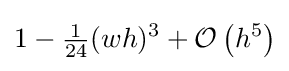
1-{\tfrac {1}{24}}(wh)^{3}+{\mathcal {O}}\left(h^{5}\right)